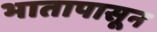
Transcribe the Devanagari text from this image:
भातापासून